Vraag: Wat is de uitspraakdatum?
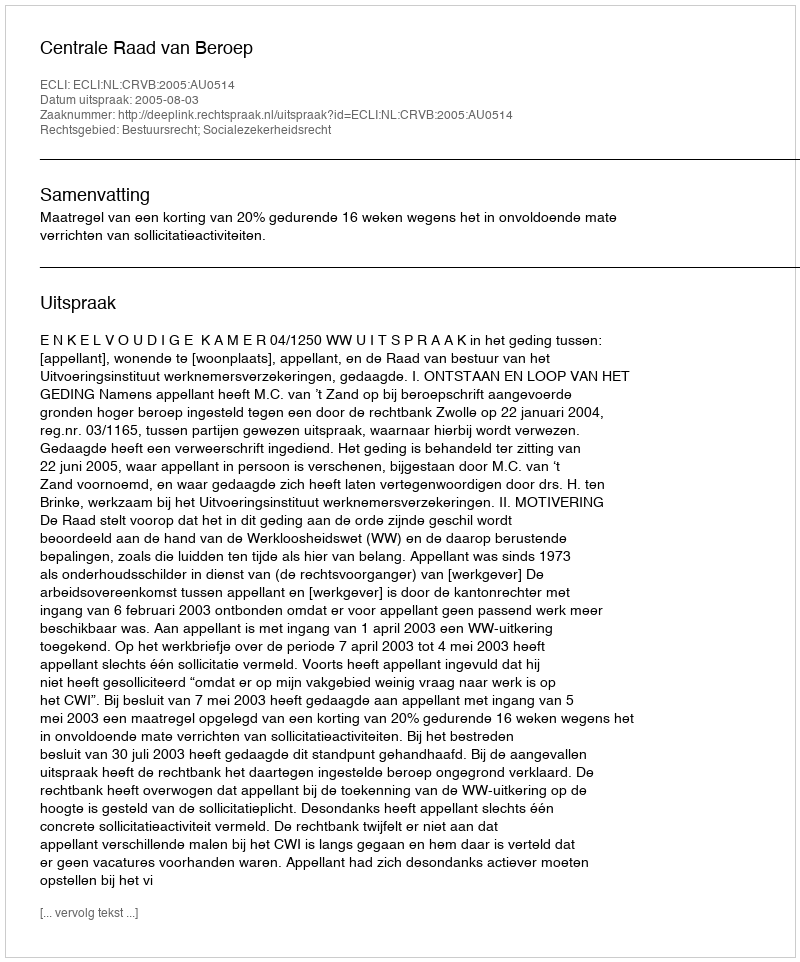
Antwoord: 2005-08-03